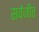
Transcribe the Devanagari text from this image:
सर्वजीत